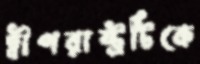
দ্বীপরাষ্ট্রটিকে